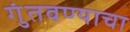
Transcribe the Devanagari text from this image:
गुंतवण्याचा